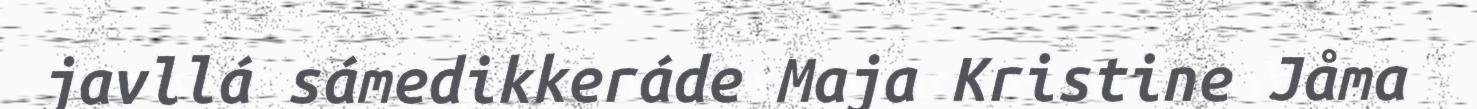
javllá sámedikkeráde Maja Kristine Jåma